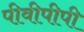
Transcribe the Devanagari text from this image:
पीवीपीपी